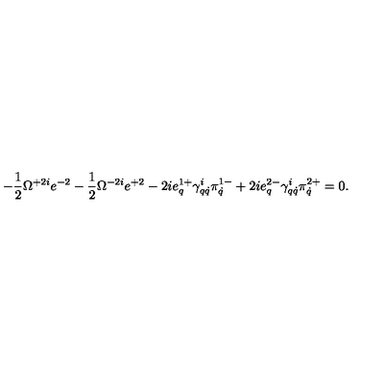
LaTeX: - \frac 1 2 \Omega ^ { + 2 i } e ^ { - 2 } - \frac 1 2 \Omega ^ { - 2 i } e ^ { + 2 } - 2 i e _ { q } ^ { 1 + } \gamma _ { q \dot { q } } ^ { i } \pi _ { \dot { q } } ^ { 1 - } + 2 i e _ { q } ^ { 2 - } \gamma _ { q \dot { q } } ^ { i } \pi _ { \dot { q } } ^ { 2 + } = 0 .